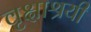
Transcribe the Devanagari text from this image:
वृक्षाश्रयी